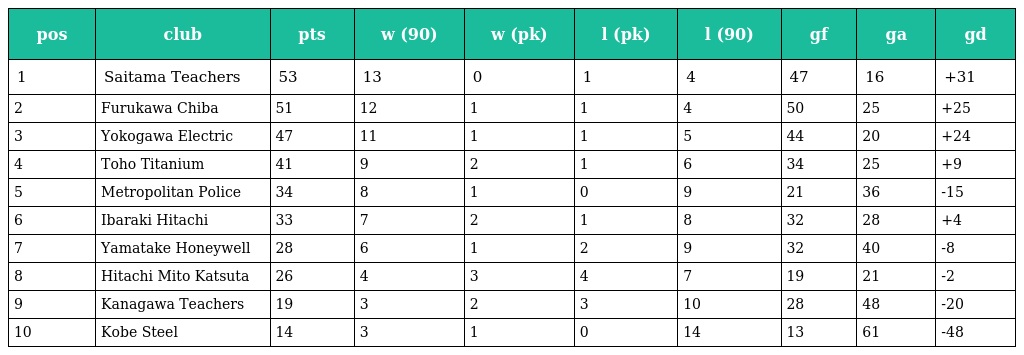
| pos | club | pts | w (90) | w (pk) | l (pk) | l (90) | gf | ga | gd |
 | --- | --- | --- | --- | --- | --- | --- | --- | --- | --- |
 | 1 | Saitama Teachers | 53 | 13 | 0 | 1 | 4 | 47 | 16 | +31 |
 | 2 | Furukawa Chiba | 51 | 12 | 1 | 1 | 4 | 50 | 25 | +25 |
 | 3 | Yokogawa Electric | 47 | 11 | 1 | 1 | 5 | 44 | 20 | +24 |
 | 4 | Toho Titanium | 41 | 9 | 2 | 1 | 6 | 34 | 25 | +9 |
 | 5 | Metropolitan Police | 34 | 8 | 1 | 0 | 9 | 21 | 36 | -15 |
 | 6 | Ibaraki Hitachi | 33 | 7 | 2 | 1 | 8 | 32 | 28 | +4 |
 | 7 | Yamatake Honeywell | 28 | 6 | 1 | 2 | 9 | 32 | 40 | -8 |
 | 8 | Hitachi Mito Katsuta | 26 | 4 | 3 | 4 | 7 | 19 | 21 | -2 |
 | 9 | Kanagawa Teachers | 19 | 3 | 2 | 3 | 10 | 28 | 48 | -20 |
 | 10 | Kobe Steel | 14 | 3 | 1 | 0 | 14 | 13 | 61 | -48 |